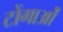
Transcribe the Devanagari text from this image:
टोंगाओं